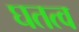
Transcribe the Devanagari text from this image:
घतत्व